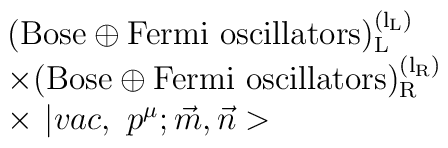
\begin{array}{l}({\rm {Bose}\oplus {Fermi\ oscillators})_L^{\left( l_L\right) }} \\ \times ({\rm {Bose}\oplus {Fermi\ oscillators})_R^{\left( l_R\right) }} \\ \times \,\,|vac,\,\,p^\mu ;\vec{m},\vec{n}>\end{array}